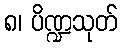
၈၊ ပိဏ္ဍသုတ်